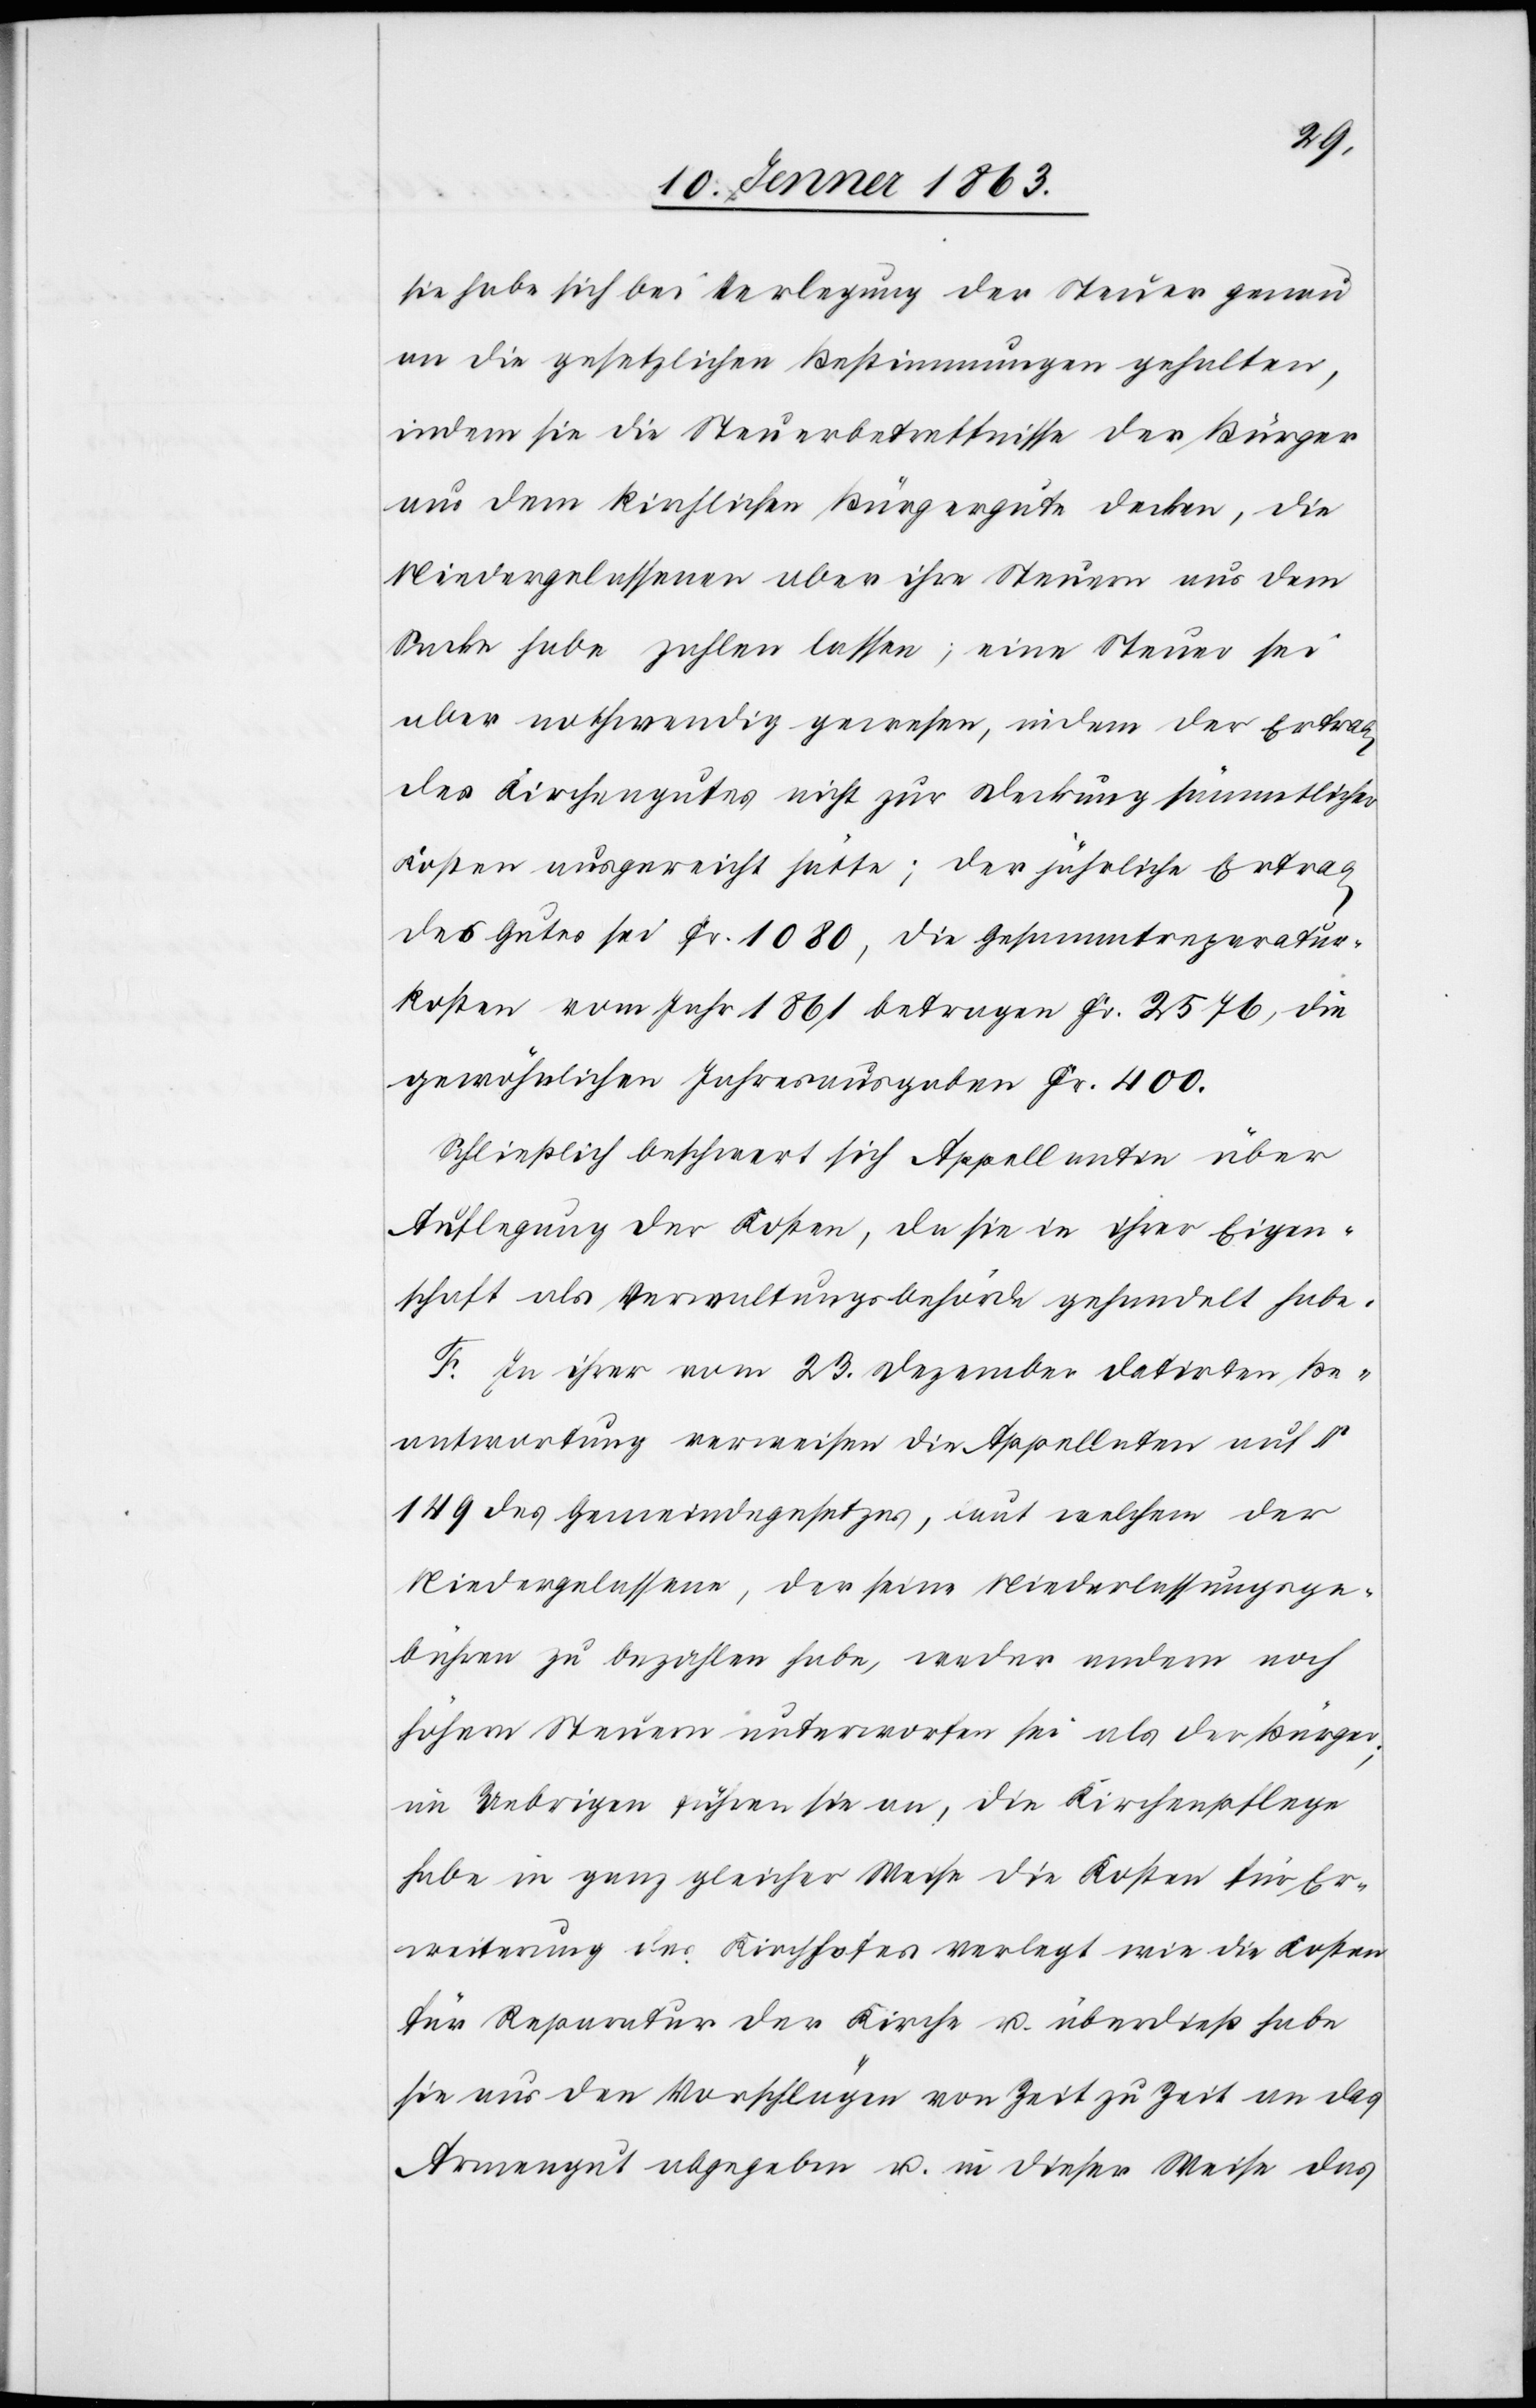
sie habe sich bei Verlegung der Steuer genau
an die gesetzlichen Bestimmungen gehalten,
indem sie die Steuerbetreffnisse der Bürger
aus dem kirchlichen Bürgergute decken, die
Niedergelassenen aber ihre Steuern aus dem
Sacke habe zahlen lassen; eine Steuer sei
aber nothwendig gewesen, indem der Ertrag
des Kirchengutes nicht zur Deckung sämmtlicher
Kosten ausgereicht hätte; der jährliche Ertrag
des Gutes sei Fr. 1080, die Gesammtreparatur¬
kosten vom Jahr 1861 betragen Fr. 2576, die
gewöhnlichen Jahresausgaben Fr. 400.
Schließlich beschwert sich Appellantin über
Auflegung der Kosten, da sie in ihrer Eigen¬
schaft als Verwaltungsbehörde gehandelt habe.
F. In ihrer vom 23. Dezember datirten Be¬
antwortung verweisen die Appellaten auf §
149 des Gemeindegesetzes, laut welchem der
Niedergelassene, der seine Niederlassungsge¬
bühren zu bezahlen habe, weder andern noch
höhern Steuern unterworfen sei als der Bürger;
im Uebrigen führen sie an, die Kirchenpflege
habe in ganz gleicher Weise die Kosten für Er¬
weiterung des Kirchenhofes verlegt wie die Kosten
für Reparatur der Kirche u. überdieß habe
sie aus den Vorschlägen von Zeit zu Zeit an das
Armengut abgegeben u. in dieser Weise das